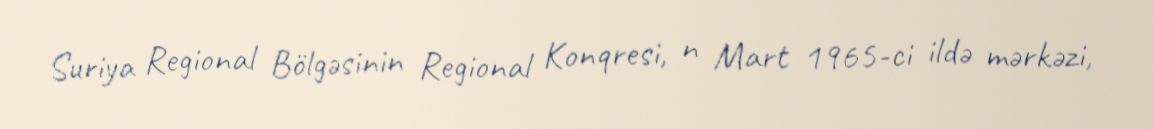
Suriya Regional Bölgəsinin Regional Konqresi, n Mart 1965-ci ildə mərkəzi,